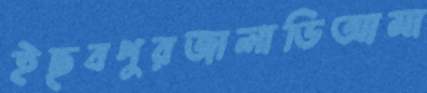
ইছবপুরজালাডিআমা